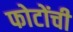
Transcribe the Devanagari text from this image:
फोटोंची